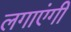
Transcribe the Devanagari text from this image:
लगाएंगी